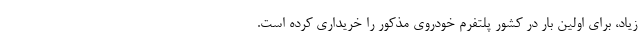
زیاد، برای اولین بار در کشور پلتفرم خودروی مذکور را خریداری کرده است.